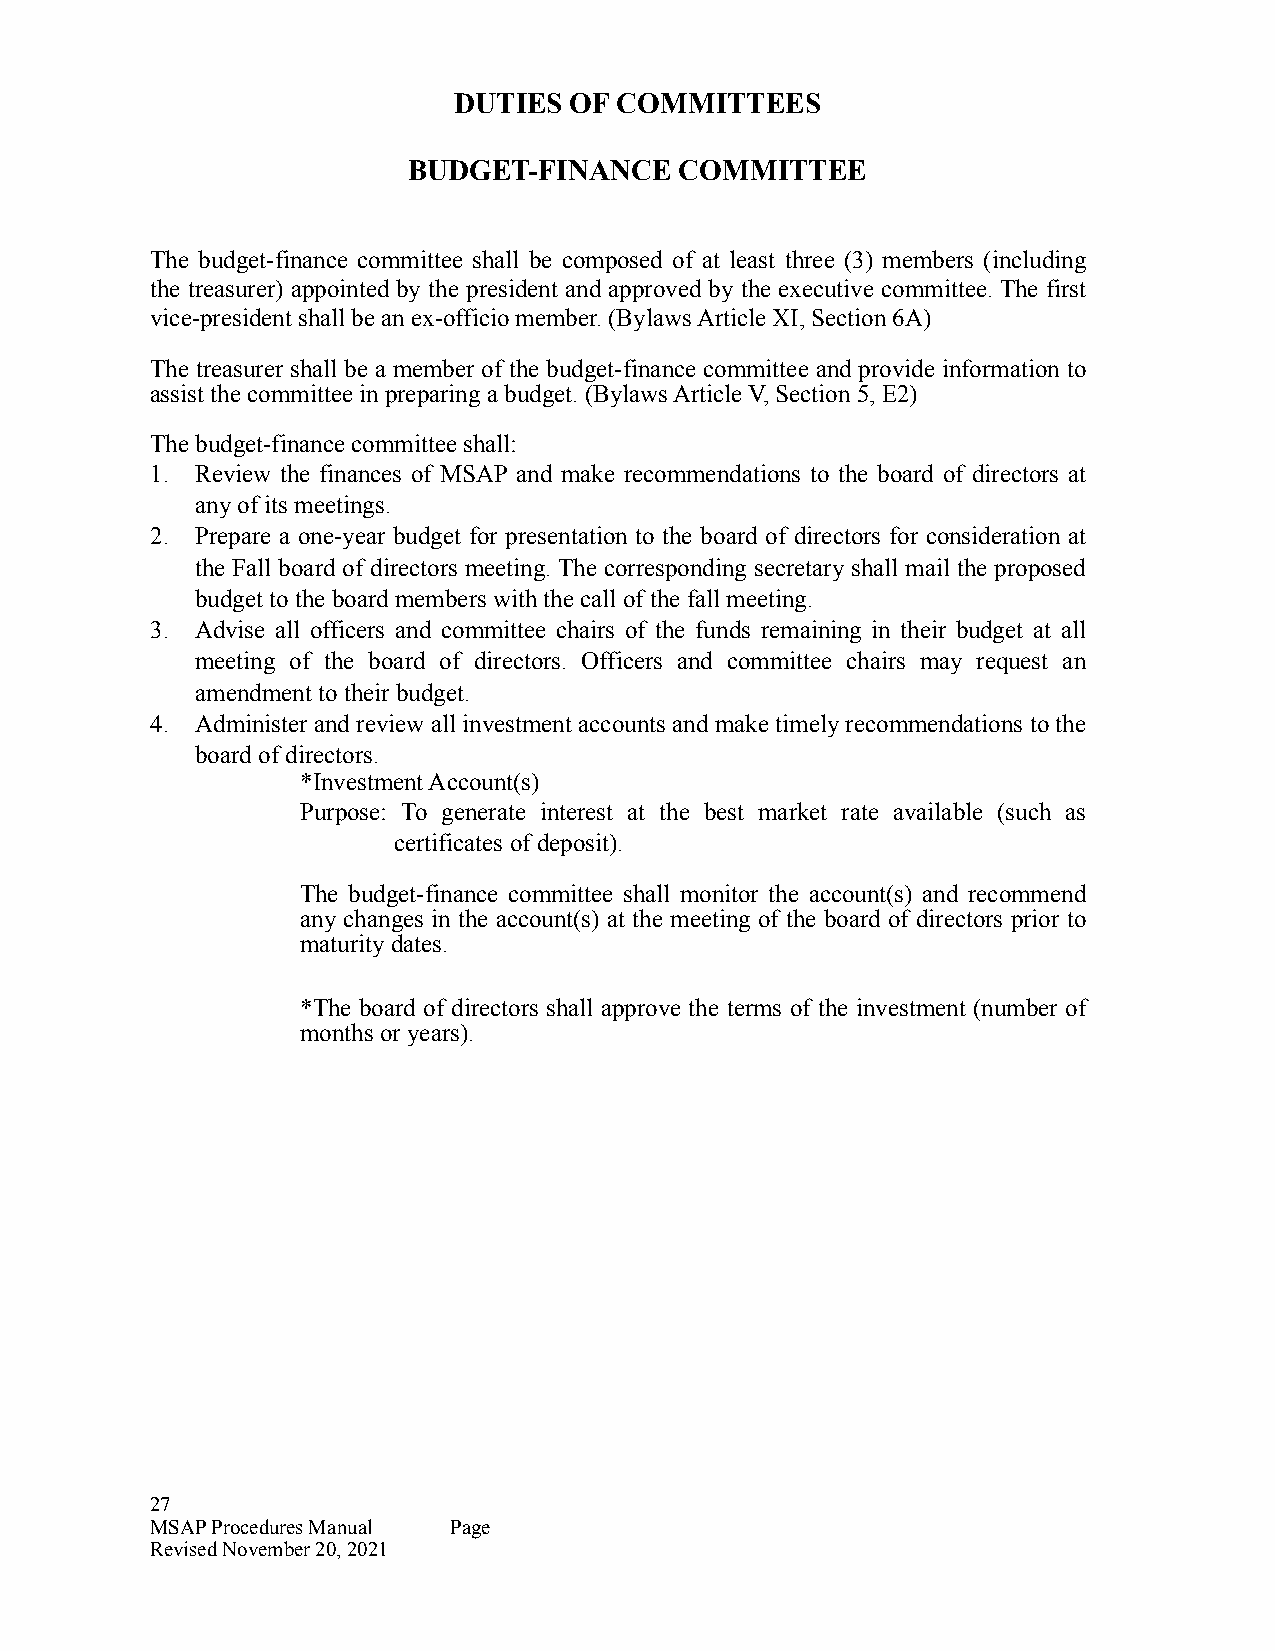
DUTIES  OF COMMITTEES
 BUDGET-FINANCE    COMMITTEE
 The budget-finance committee shall be composed of at least three (3) members (including
 the treasurer) appointed by the president and approved by the executive committee. The first
 vice-president shall be an ex-officio member. (Bylaws Article XI, Section 6A)
 The treasurer shall be a member of the budget-finance committee and provide information to
 assist the committee in preparing a budget. (Bylaws Article V, Section 5, E2)
 The budget-finance committee shall:
 1. Review the finances of MSAP and make recommendations to the board of directors at
 any of its meetings.
 2. Prepare a one-year budget for presentation to the board of directors for consideration at
 the Fall board of directors meeting. The corresponding secretary shall mail the proposed
 budget to the board members with the call of the fall meeting.
 3. Advise all officers and committee chairs of the funds remaining in their budget at all
 meeting of the board of directors. Officers and committee chairs may request an
 amendment to their budget.
 4. Administer and review all investment accounts and make timely recommendations to the
 board of directors.
 *Investment Account(s)
 Purpose: To generate interest at the best market rate available (such as
 certificates of deposit).
 The budget-finance committee shall monitor the account(s) and recommend
 any changes in the account(s) at the meeting of the board of directors prior to
 maturity dates.
 *The board of directors shall approve the terms of the investment (number of
 months or years).
 27
 MSAP Procedures Manual Page
 Revised November 20, 2021